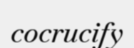
cocrucify